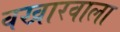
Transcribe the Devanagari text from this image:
वखारवाला